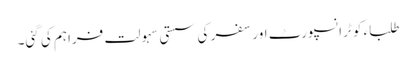
طلباء کو ٹرانسپورٹ اور سفر کی سستی سہولت فراہم کی گئی۔